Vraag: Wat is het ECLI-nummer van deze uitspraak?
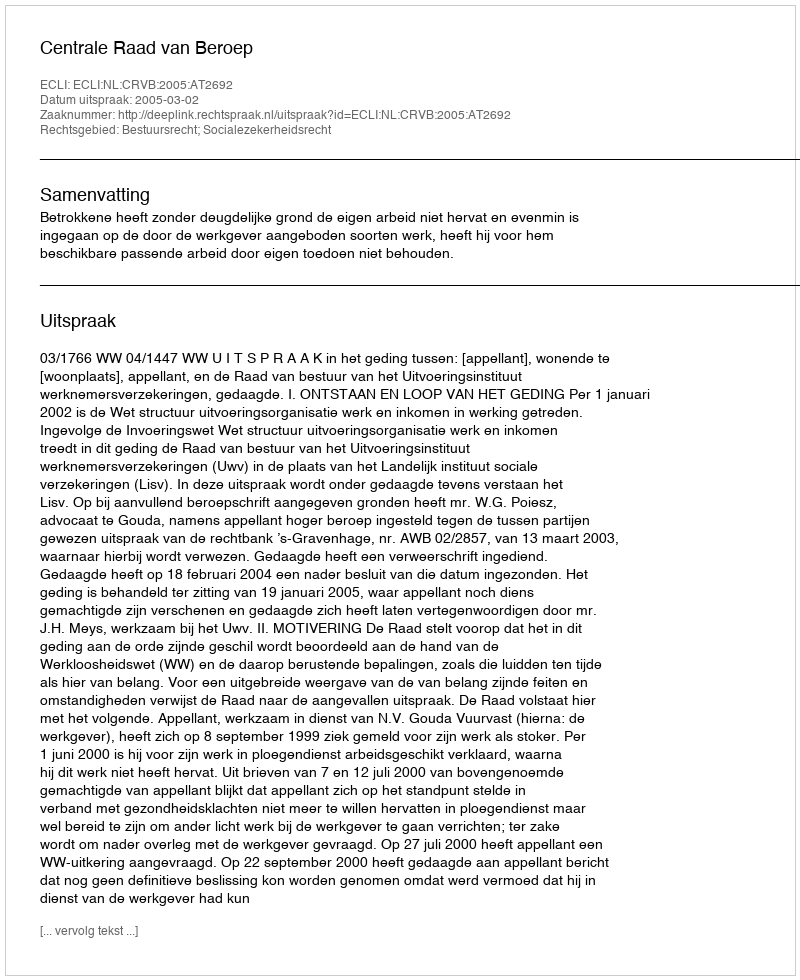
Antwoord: ECLI:NL:CRVB:2005:AT2692